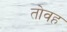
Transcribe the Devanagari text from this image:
तोवह